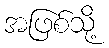
အဖြစ်သို့